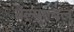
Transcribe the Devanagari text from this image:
वैल्यूएबल